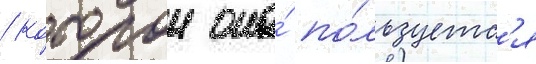
/ которои она́ по́льзуетс'я